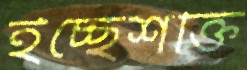
ইচ্ছেশক্তি